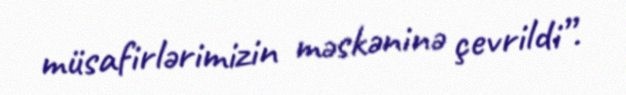
müsafirlərimizin məskəninə çevrildi”.